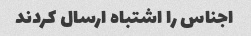
اجناس را اشتباه ارسال کردند